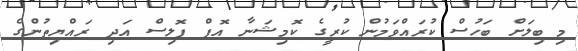
މި ބިލަށް ބަހުސް ކުރައްވަމުން ކުރީގެ ކޮމިޝަނާ އޮފް ޕޮލިސް އަދި ރައްޔިތުންގެ